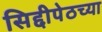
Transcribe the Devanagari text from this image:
सिद्दीपेठच्या